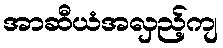
အာဆီယံအလှည့်ကျ